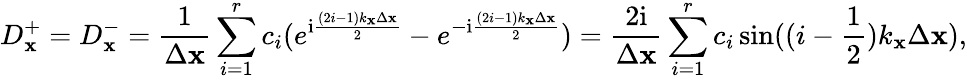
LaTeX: D_{\mathbf{x}}^{+}=D_{\mathbf{x}}^{-}=\frac{{1}}{{\Delta\mathbf{x}}}\sum_{i=1}^{r}c_{i}(e^{\mathrm{{i}}\frac{{(2i-1)k_{\mathbf{x}}\Delta\mathbf{x}}}{{2}}}-e^{-\mathrm{{i}}\frac{{(2i-1)k_{\mathbf{x}}\Delta\mathbf{x}}}{{2}}})=\frac{{2\mathrm{{i}}}}{{\Delta\mathbf{x}}}\sum_{i=1}^{r}c_{i}\sin((i-\frac{{1}}{{2}})k_{\mathbf{x}}\Delta\mathbf{x}),